Papers set at the Examination for Leaving Certificates, 1891
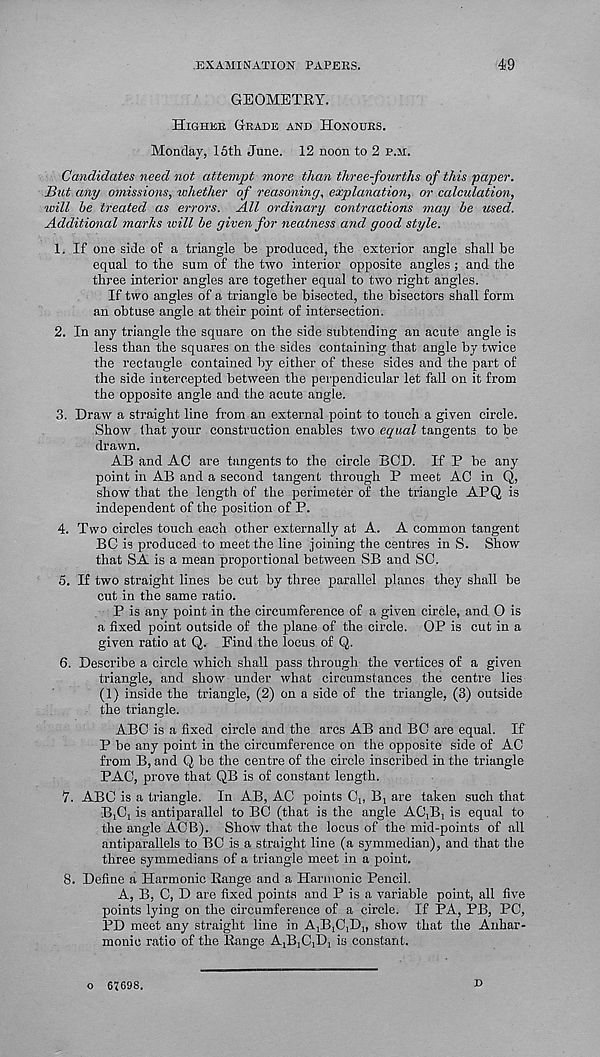
EXAMINATION PAPERS.
49
GEOMETRY.
Higher Grade and Honours.
Monday, 15th June. 12 noon to 2 p.m.
Candidates need not attempt more than three-fourths of this paper.
But any omissions, whether of reasoning, explanation, or calculation,
ivill be treated as errors. All ordinary contractions may be used.
Additional marks will be given for neatness and good style.
1. If one side of a triangle be produced, the exterior angle shall be
equal to the sum of the two interior opposite angles ; and the
three interior angles are together equal to two right angles.
If two angles of a triangle be bisected, the bisectors shall form
an obtuse angle at their point of intersection.
2. In any triangle the square on the side subtending an acute angle is
less than the squares on the sides containing that angle by twice
the rectangle contained by either of these sides and the part of
the side intercepted between the perpendicular let fall on it from
the opposite angle and the acute angle.
3. Draw a straight line from an external point to touch a given circle.
Show that your construction enables two equal tangents to be
drawn.
AB and AC are tangents to the circle BCD. If P be any
point in AB and a second tangent through P meet AC in Q,
show that the length of the perimeter of the triangle APQ is
independent of the position of P.
4. Two circles touch each other externally at A. A common tangent
BC is produced to meet the line joining the centres in S. Show
that SA is a mean proportional between SB and SC.
5. If two straight lines be cut by three parallel planes they shall be
cut in the same ratio.
P is any point in the circumference of a given circle, and 0 is
a fixed point outside of the plane of the circle. OP is cut in a
given ratio at Q. Find the locus of Q.
6. Describe a circle which shall pass through the vertices of a given
triangle, and show under what circumstances the centre lies
(1) inside the triangle, (2) on a side of the triangle, (3) outside
the triangle.
ABC is a fixed circle and the arcs AB and BC are equal. If
P be any point in the circumference on the opposite side of AC
from B, and Q be the centre of the circle inscribed in the triangle
PAC, prove that QB is of constant length.
7. ABC is a triangle. In AB, AC points C,, B, are taken such that
BA is antiparallel to BC (that is the angle ACA is equal to
the angle ACB). Show that, the locus of the mid-points of all
antiparallels to BC is a straight line (a symmedian), and that the
three symmedians of a triangle meet in a point.
8. Define a Harmonic Range and a Harmonic Pencil.
A, B, C, D are fixed points and P is a variable point, all five
points lying on the circumference of a circle. If PA, PB, PC,
PD meet any straight line in A,!!AD,, show that the Anhar-
monic ratio of the Range AACA is constant.
o 67698.
D